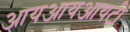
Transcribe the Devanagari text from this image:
आयआयआयटी